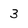
Character: 3